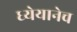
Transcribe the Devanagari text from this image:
ध्येयानेच